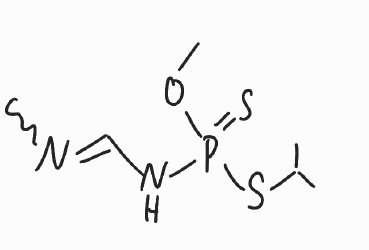
Simplified molecular-input line-entry system (SMILES) notation of the given molecule:
CC(C)SP(=S)(NC=NC)OC